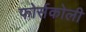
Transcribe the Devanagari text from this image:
फोर्सकोली